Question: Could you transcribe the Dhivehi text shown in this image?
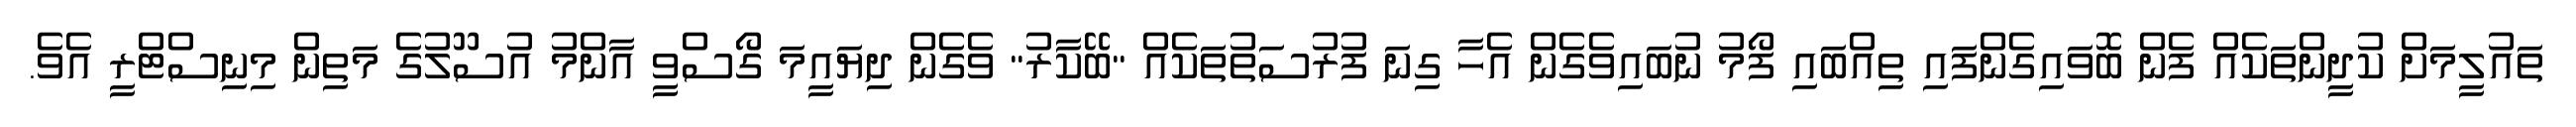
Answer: ތައުލީމަށް ކުދީންތަކެއް ފެން ބޮވައިގެންފައި ތިއްބައި ފޯމު ނުބައިވެގެން އެހާ ގިނަ ފުރުސަތުތަކެއް "ބޭކާރު" ވެގެން ދިޔައީމަ ގޯސްވީ އާންމު އުސޫލުގެ މަތިން މިނިސްޓްރީ އެވެ.